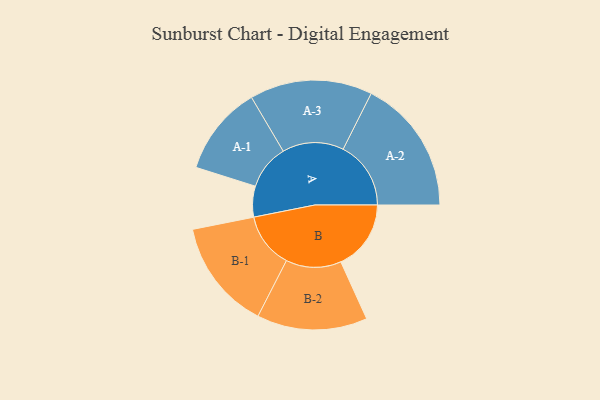
{"axis": {"x": "Segment", "y": "Value"}, "legend": ["", "A", "B"], "data": [{"x": "A", "y": 101, "type": ""}, {"x": "B", "y": 230, "type": ""}, {"x": "A-1", "y": 147, "type": "A"}, {"x": "A-2", "y": 222, "type": "A"}, {"x": "A-3", "y": 201, "type": "A"}, {"x": "B-1", "y": 181, "type": "B"}, {"x": "B-2", "y": 181, "type": "B"}]}